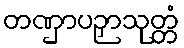
တဏှာပဉှာသုတ္တံ